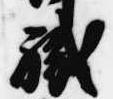
職